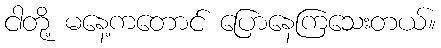
ငါတို့ မနေ့ကတောင် ပြောနေကြသေးတယ်။